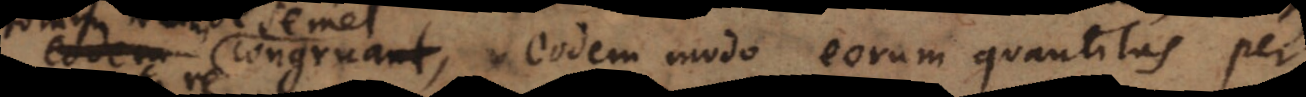
semel congruat, eodem modo eorum quantitas per